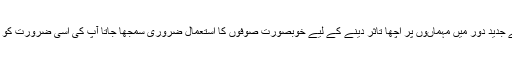
ڈرائنگ روم سے لے کر بیڈ روم تک ہر جگہ اس کا استعمال کیا جاتا ہے آج کل کے جدید دور میں مہماںوں پر اچھا تاثر دینے کے لیے خوبصورت صوفوں کا استعمال ضروری سمجھا جاتا آپ کی اسی ضرورت کو دیکھتے ہوئے آج ہم ہومی فائی میں صوفوں کے کچھ خوبصورت ڈیزائن لائے ہیں ۔